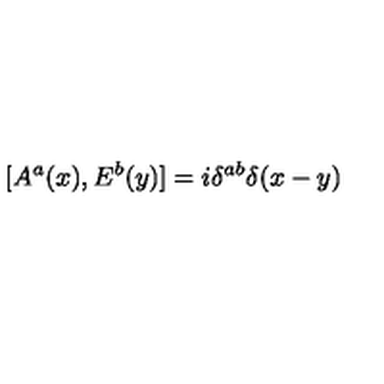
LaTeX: [ A ^ { a } ( x ) , E ^ { b } ( y ) ] = i \delta ^ { a b } \delta ( x - y )